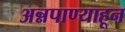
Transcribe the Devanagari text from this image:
अन्नपाण्याहून